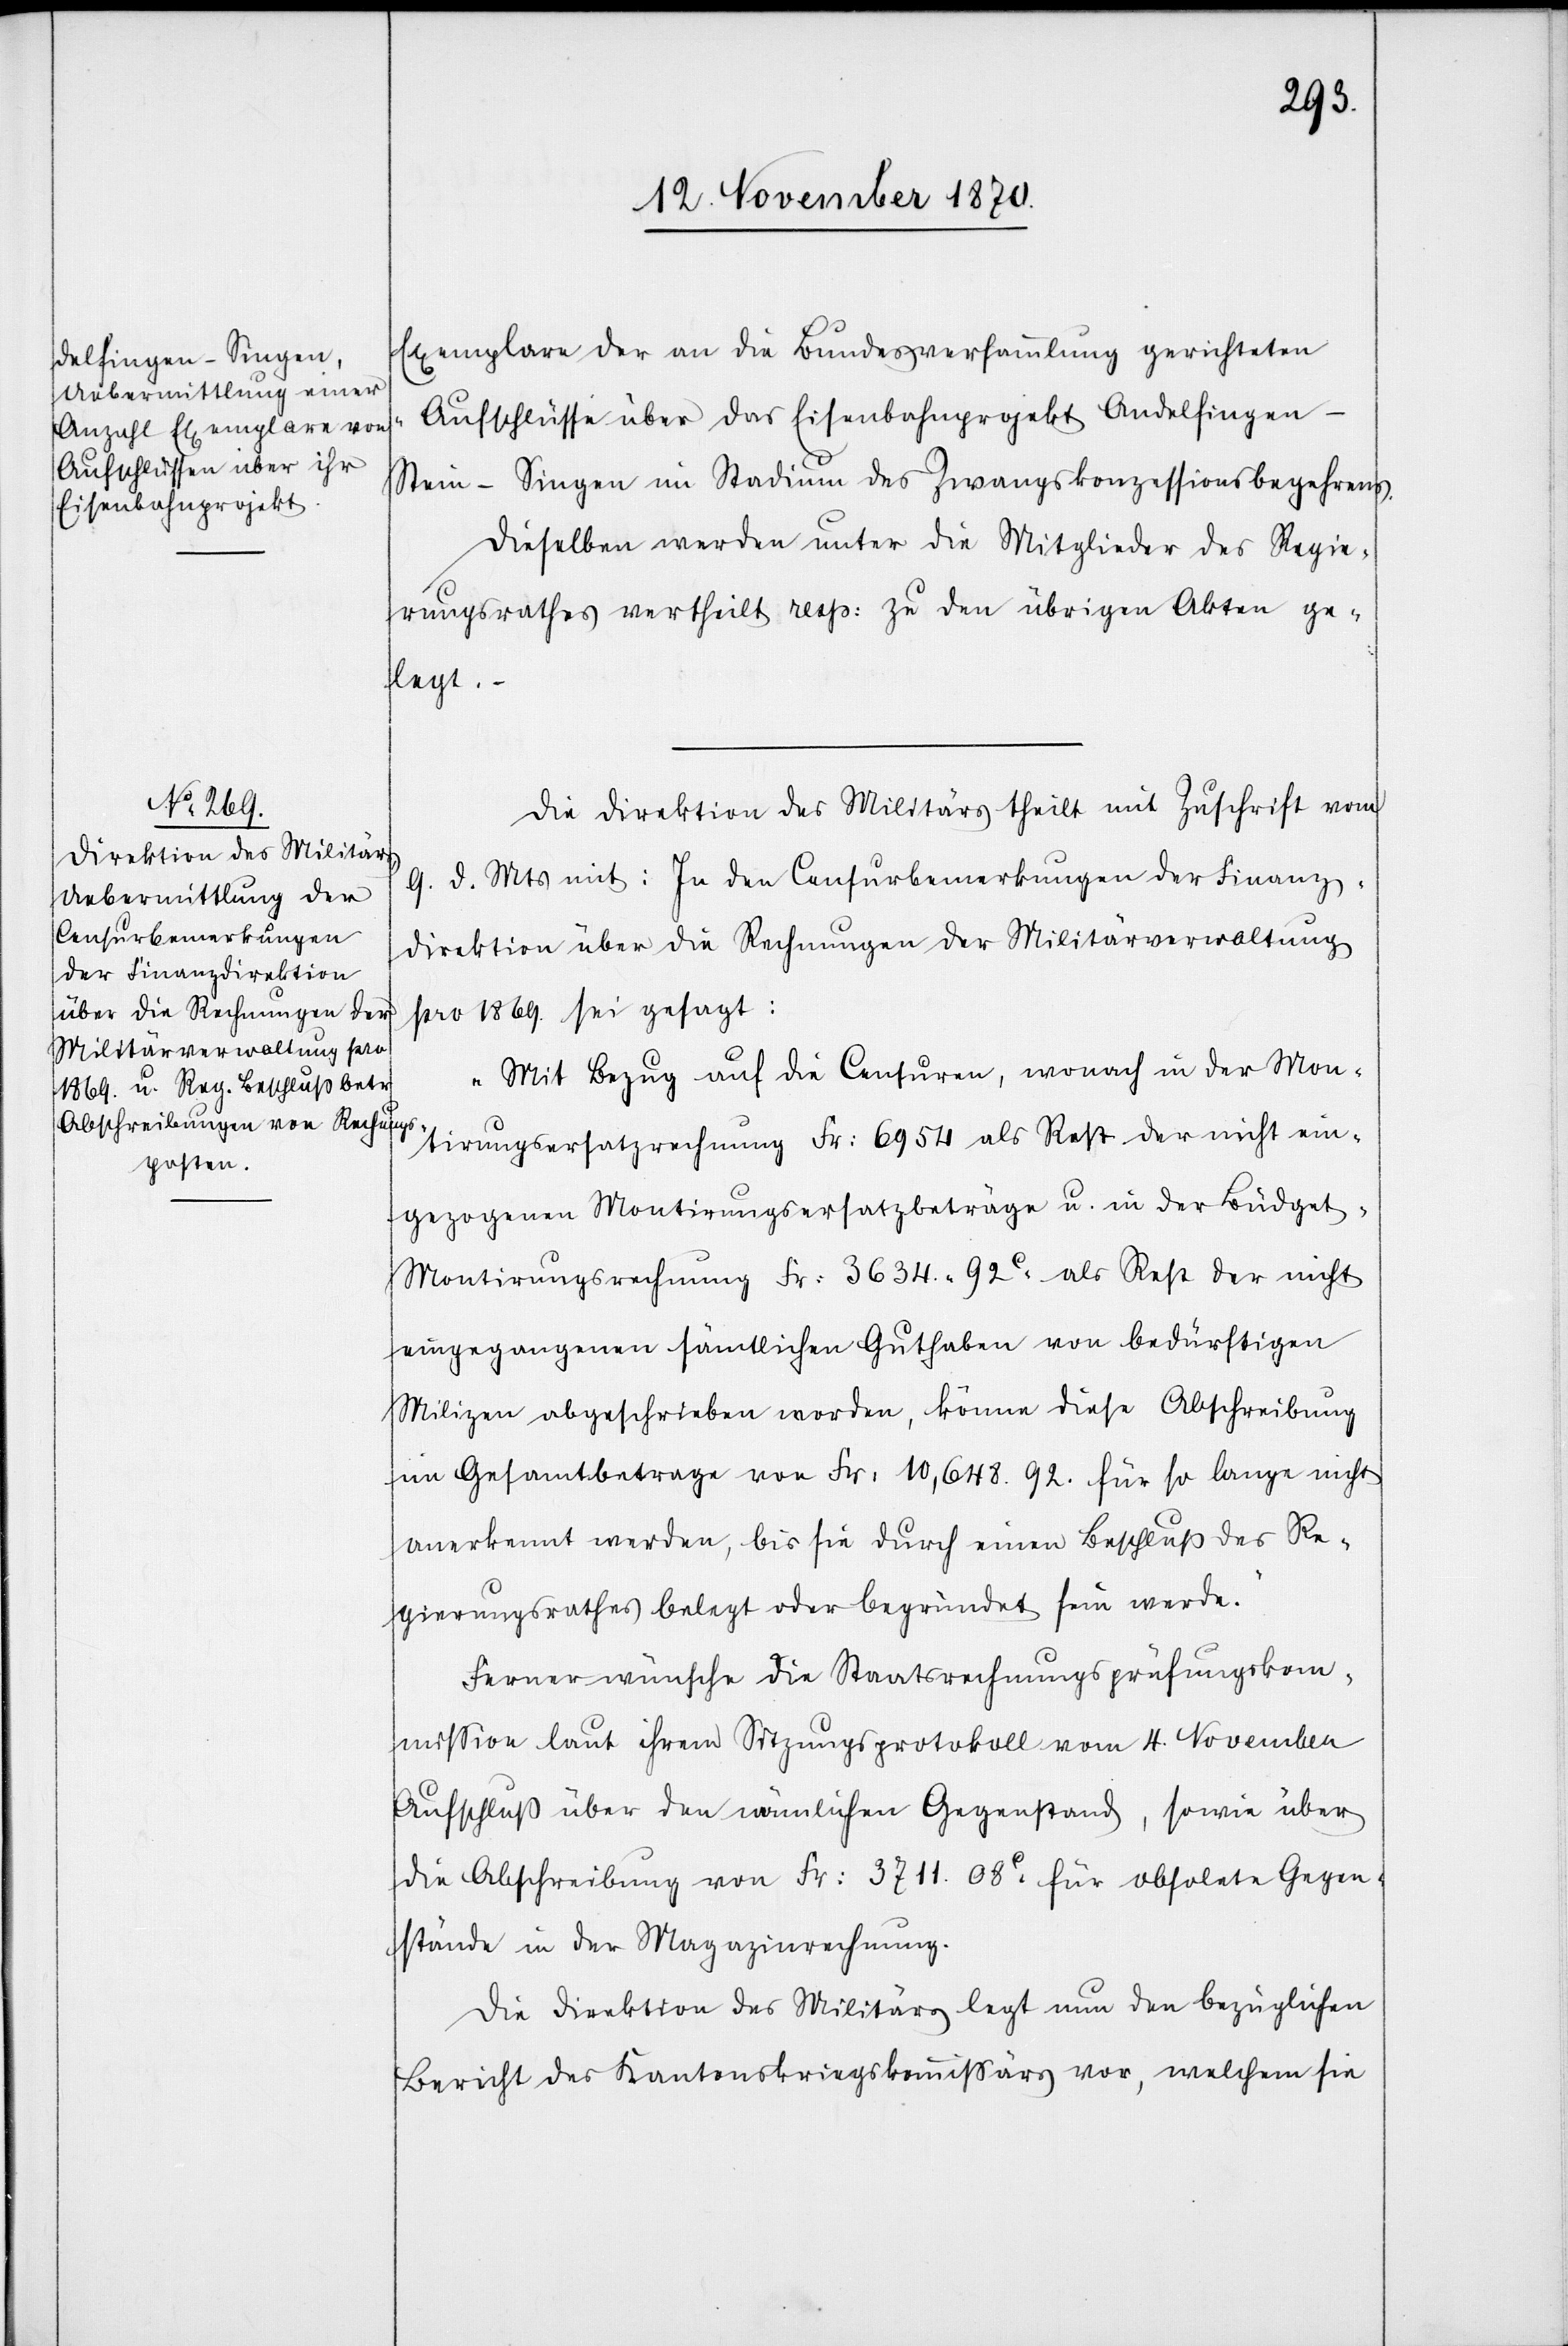
s[“].

Exemplare der an die Bundesversammlung gerichteten
„Aufschlüsse über das Eisenbahnprojekt Andelfinge¬
n–Stein–Singen im Stadium des Zwangskonzessionsbegehren¬
Dieselben werden unter die Mitglieder des Regie¬
rungsrathes vertheilt resp: zu den übrigen Akten ge¬
legt.
Die Direktion des Militärs theilt mit Zuschrift vom
9. d. Mts mit: In den Censurbemerkungen der Finanz¬
direktion über die Rechnungen der Militärverwaltung
pro 1869. sei gesagt:
„Mit Bezug auf die Censuren, wonach in der Mon¬
tirungssatzrechnung Fr: 6954 als Rest der nicht ein¬
gezogenen Montirungsersatzbeträge u. in der Büdget-M¬
ontirungsrechnung Fr: 3634. 92C. als Rest der nicht
eingegangenen sämtlichen Guthaben von bedürftigen
Milizen abgeschrieben worden, könne diese Abschreibung
im Gesamtbetrage von Fr: 10,648.92. für so lange nicht
anerkannt werden, bis sie durch einen Beschluß des Re¬
gierungsrathes belegt oder begründet sein werde.“
Ferner wünsche die Staatsrechnungsprüfungskom¬
mission laut ihrem Sitzungsprotokoll vom 4. November
Aufschluß über den nämlichen Gegenstand, sowie über
die Abschreibung von Fr: 3711. 08C. für obsolete Gegen¬
stände in der Magazinrechnung.
Die Direktion des Militärs legt nun den bezüglichen
Bericht des Kantonskriegskommißärs vor, welchem sie